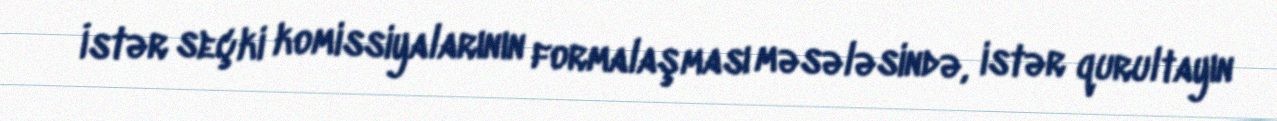
İstər seçki komissiyalarının formalaşması məsələsində, istər qurultayın